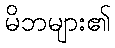
မိဘများ၏